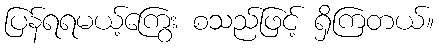
ပြန်ရရမယ့်ကြွေး စသည်ဖြင့် ရှိကြတယ်။